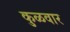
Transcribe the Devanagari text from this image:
कुळवार